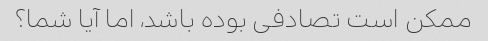
ممکن است تصادفی بوده باشد، اما آیا شما؟